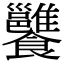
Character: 𩟷